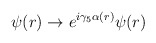
\begin{align*}\psi(r) \to e^{i\gamma_5 \alpha(r)} \psi(r)\end{align*}